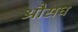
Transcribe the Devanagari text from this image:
औसध